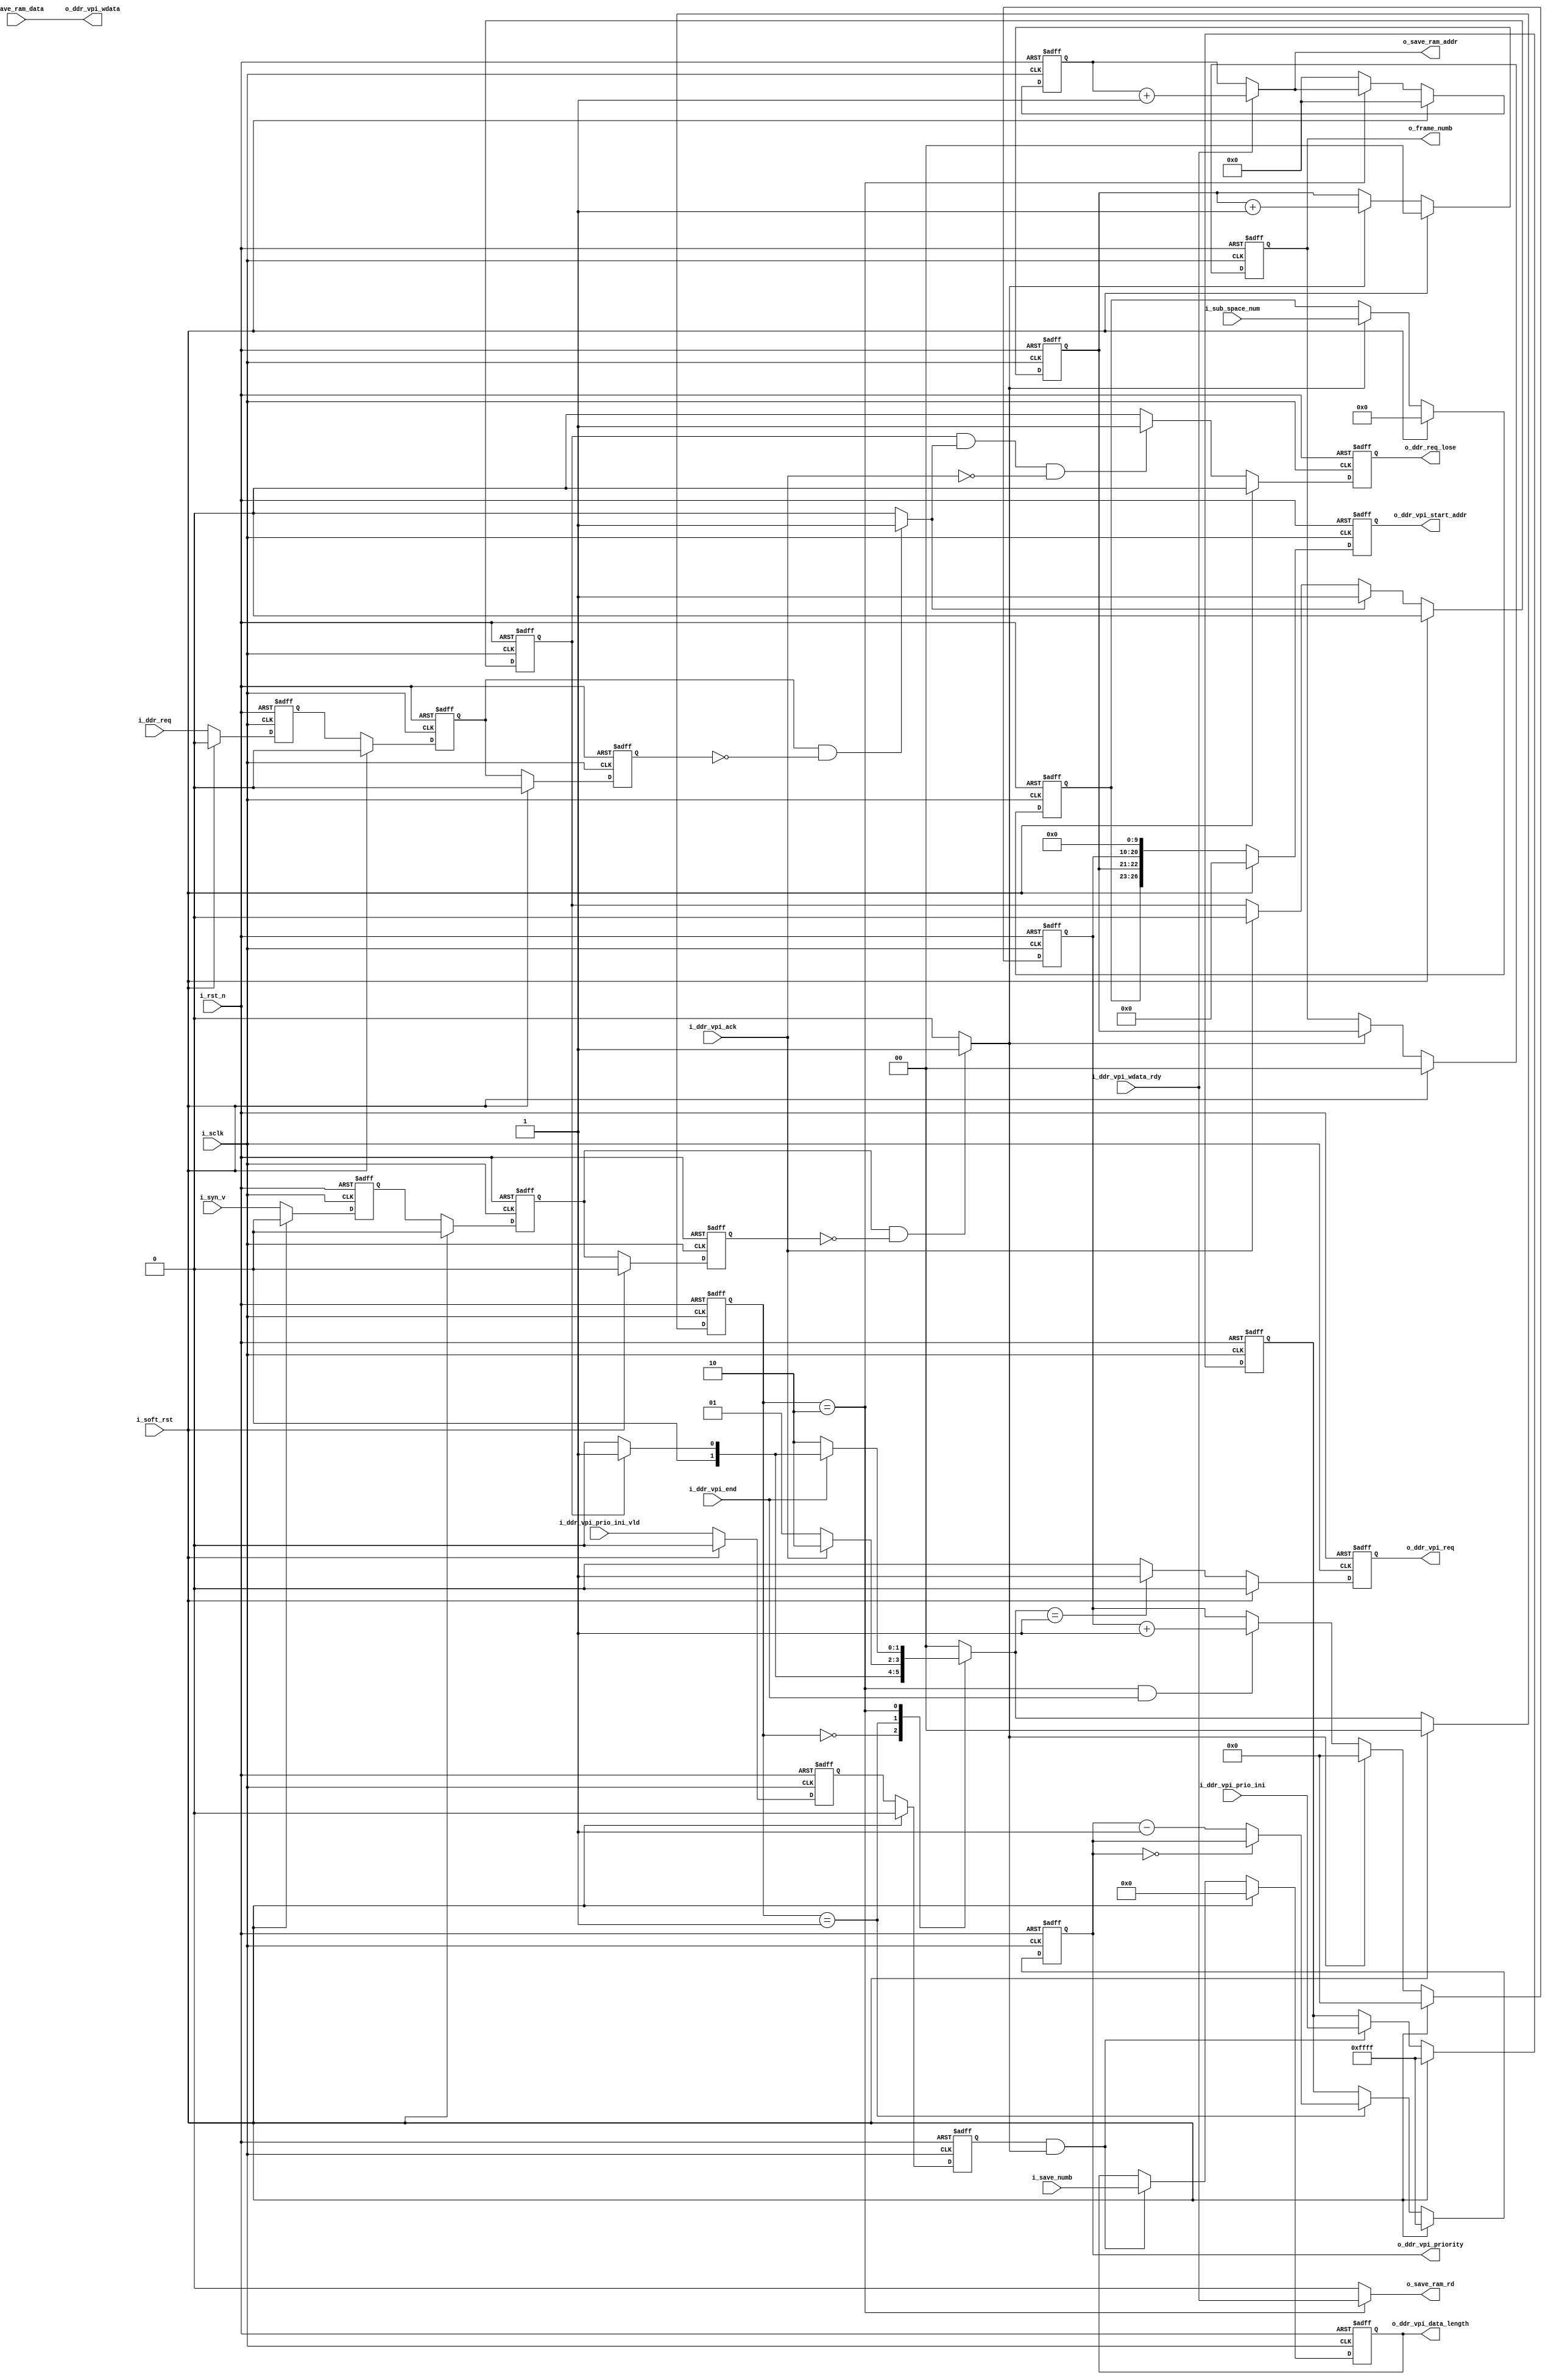
//=========================== KEDACOM Corporation======================
//      Information contained in this Confidential and Proprietary work has
//      been obtained by KEDACOM Corporation. This Design may be used only as
//      authorized by a Licensing Agreement from KEDACOM Corporation.
//===================================================================
//          KEDACOM
//Address:  No131 Jinshan Rd. New District,  Suzhou City,  Jiangsu Province, China
//Zip code: 215011
//Tel:      0512-68418188
//Fax:      0512-68412699 
//==============================================================
//      Description
//===============================================================
//      Version            date               author       
//      
//
//      Revision History
//         
//          
//==================================================================
// synopsys translate_off
`timescale 1ns/1ps
// synopsys translate_on

module  ddr_write_control ( 
    input   wire            i_rst_n                 ,
    input   wire            i_sclk                  ,
    input   wire            i_soft_rst              ,
            
    input   wire    [3:0]   i_sub_space_num         ,  // actually is the sub-space number;
    input   wire    [11:0]  i_save_numb             ,  // the max number is 1024
    input   wire            i_ddr_vpi_prio_ini_vld  ,
    input   wire    [15:0]  i_ddr_vpi_prio_ini      ,
            
    input   wire            i_syn_v                 ,  // must have a width of several sclk
    input   wire            i_ddr_req               ,  // 3 pixel clock width;
    ////////////////double-ports ram interface/////////
    output  wire    [7:0]   o_save_ram_addr         ,
    output  wire            o_save_ram_rd           ,
    input   wire    [127:0] i_save_ram_data         ,
    ////////////////ddr arbit interface/////////////
    output  reg             o_ddr_vpi_req           ,
    input   wire            i_ddr_vpi_ack           ,
    output  reg     [26:0]  o_ddr_vpi_start_addr    , //[26:23]: channel, [22:21]: fram, [20:10]row, [9:0]col,
    output  wire    [11:0]  o_ddr_vpi_data_length   ,
    output  wire    [15:0]  o_ddr_vpi_priority      ,
    input   wire            i_ddr_vpi_wdata_rdy     ,
    output  wire    [127:0] o_ddr_vpi_wdata         , 
    input   wire            i_ddr_vpi_end           , // need one clock lagged?--gzd
    /////////////////////////////////////////////////
    output  reg     [1:0]   o_frame_numb            ,
    output  reg             o_ddr_req_lose            // ddr request lose signal;--gzd
);

//***********************************************************************************************************************
//***************************************************************************************************************************************
localparam  IDLE        = 2'd0;
localparam  WAITE_ACK   = 2'd1;
localparam  SEND_DATA   = 2'd2;
///////////////////////////////////////////////
reg[1:0]    state,  next_state;
reg[7:0]    col_cnt;
reg[10:0]   row_cnt;
reg[1:0]    frame_cnt;

reg         ddr_req;
wire        last_data;


reg[15:0]   ddr_priority;
reg[15:0]   ddr_priority_ts;
reg         ddr_vpi_priority_vld_d1;
reg         ddr_vpi_priority_vld_d2;
assign      o_ddr_vpi_priority = ddr_priority;
//*****************************************************************************************   
reg         syn_v_d1,   syn_v_d2,   syn_v_d3;
reg         ddr_req_d1, ddr_req_d2, ddr_req_d3;
always@(negedge i_rst_n or posedge i_sclk)
begin
    if (i_rst_n==1'b0)
    begin
        syn_v_d1<=1'b0;
        syn_v_d2<=1'b0;
        syn_v_d3<=1'b0;
        
        ddr_req_d1<=1'b0;
        ddr_req_d2<=1'b0;
        ddr_req_d3<=1'b0;
    end 
    else
    begin
        if (i_soft_rst==1'b1)
        begin
            syn_v_d1<=1'b0;
            syn_v_d2<=1'b0;
            syn_v_d3<=1'b0;
            
            ddr_req_d1<=1'b0;
            ddr_req_d2<=1'b0;
            ddr_req_d3<=1'b0;
        end
        else
        begin
            syn_v_d1<=i_syn_v;
            syn_v_d2<=syn_v_d1;
            syn_v_d3<=syn_v_d2;
            
            ddr_req_d1<=i_ddr_req;
            ddr_req_d2<=ddr_req_d1;
            ddr_req_d3<=ddr_req_d2; 
        end 
    end
end
wire    pos_vs      = (syn_v_d2   == 1'b1 && syn_v_d3   == 1'b0) ? 1'b1 : 1'b0;
wire    pos_ddr_req = (ddr_req_d2 == 1'b1 && ddr_req_d3 == 1'b0) ? 1'b1 : 1'b0;
/////////////////////////////////////////////////////////////
always@(negedge i_rst_n or posedge i_sclk)
begin
    if (i_rst_n==1'b0)
    begin
        ddr_req<=1'b0;
    end 
    else
    begin
        if (i_soft_rst==1'b1)
        begin
            ddr_req<=1'b0;
        end
        else
        begin
            if (pos_ddr_req==1'b1)
            begin
                ddr_req<=1'b1;
            end 
            else if (i_ddr_vpi_ack==1'b1)
            begin
                ddr_req<=1'b0;
            end
        end
    end
end
//**************************************************************************************
always@(negedge i_rst_n or posedge i_sclk)
begin
    if (i_rst_n==1'b0)
    begin
        o_ddr_req_lose<=1'b0;
    end
    else
    begin
        if (i_soft_rst==1'b1)
        begin
            o_ddr_req_lose<=1'b0;
        end
        else
        begin
            if (ddr_req==1'b1 && pos_ddr_req==1'b1 && i_ddr_vpi_ack==1'b0)
            begin
                o_ddr_req_lose<=1'b1;
            end
            else
            begin
                o_ddr_req_lose<=1'b0; 
            end
        end
    end
end
//**********************************************************************************************
always@(negedge i_rst_n or posedge i_sclk)
begin
    if (i_rst_n==1'b0)
    begin
        state[1:0]<=IDLE;
    end 
    else
    begin
        if (i_soft_rst==1'b1)
        begin
            state[1:0]<=IDLE; 
        end 
        else
        begin
            state[1:0]<=next_state[1:0]; 
        end
    end
end
//////////////////////////////////////////////////////
always@*
begin
    case(state[1:0])
        IDLE:       begin
                        if (ddr_req==1'b1)
                        begin
                            next_state[1:0] = WAITE_ACK;
                        end
                        else
                        begin
                            next_state[1:0] = IDLE;
                        end
                    end
        WAITE_ACK:  begin
                        if (i_ddr_vpi_ack==1'b1)
                        begin
                            next_state[1:0] = SEND_DATA;
                        end
                        else
                        begin
                            next_state[1:0] = WAITE_ACK;
                        end
                    end
        SEND_DATA:  begin
//                        if (last_data==1'b1)
                        if (i_ddr_vpi_end==1'b1)
                        begin
                            if (ddr_req==1'b1)
                            begin
                                next_state[1:0] = WAITE_ACK;
                            end
                            else
                            begin
                                next_state[1:0] = IDLE;
                            end
                        end
                        else
                        begin
                            next_state[1:0] = SEND_DATA;
                        end
                    end      
        default:    begin
                        next_state[1:0] = IDLE;
                    end
    endcase 
end


always @ (posedge i_sclk or negedge i_rst_n)
begin
    if (i_rst_n == 1'b0) begin
        ddr_vpi_priority_vld_d1 <=  1'b0;
        ddr_vpi_priority_vld_d2 <=  1'b0;
    end
    else begin
        if (i_soft_rst == 1'b1) begin
            ddr_vpi_priority_vld_d1 <=  1'b0;
            ddr_vpi_priority_vld_d2 <=  1'b0;
        end
        else begin
            ddr_vpi_priority_vld_d1 <=  i_ddr_vpi_prio_ini_vld;
            ddr_vpi_priority_vld_d2 <=  ddr_vpi_priority_vld_d1;
        end
    end
end

always@(posedge i_sclk or negedge i_rst_n)
begin
    if (i_rst_n == 1'b0) begin
        ddr_priority_ts[15:0]    <=  16'hFFFF  ;
    end
    else begin
        if (i_soft_rst == 1'b1) begin
            ddr_priority_ts[15:0]    <=  16'hFFFF  ;
        end
        else begin
            if (ddr_vpi_priority_vld_d2 == 1'b1 && pos_vs == 1'b1) begin
                ddr_priority_ts[15:0]  <= i_ddr_vpi_prio_ini[15:0]  ;
            end
        end
    end
end

always@(posedge i_sclk or negedge i_rst_n)
begin
    if (i_rst_n == 1'b0) begin
        ddr_priority[15:0]    <=  16'hFFFF  ;
    end
    else begin
        if (i_soft_rst == 1'b1) begin
            ddr_priority[15:0]    <=  16'hFFFF  ;
        end
        else begin
            if (state[1:0] == WAITE_ACK) begin
                if (ddr_priority[15:0] == 16'd0) begin
                    ddr_priority[15:0] <= ddr_priority[15:0];
                end
                else begin
                    ddr_priority[15:0] <=  ddr_priority[15:0] - 1'b1  ;
                end
            end
            else begin
                ddr_priority[15:0]    <=  ddr_priority_ts[15:0]  ;
            end
        end
    end
end

//*********************-----------------**********************-------------***********
reg     [11:0]  ddr_save_numb;
always@(posedge i_sclk or negedge i_rst_n)
begin
    if (i_rst_n == 1'b0) begin
        ddr_save_numb[11:0]    <=  12'h000  ;
    end
    else begin
        if (i_soft_rst == 1'b1) begin
            ddr_save_numb[11:0]    <=  12'h000  ;
        end
        else begin
            if (ddr_vpi_priority_vld_d2 == 1'b1 && pos_vs == 1'b1) begin
                ddr_save_numb[11:0]  <= i_save_numb[11:0]  ;
            end
        end
    end
end

//*************************************************************************************************
wire[7:0] tmp_col_cnt = col_cnt[7:0] + 1'b1;
always@(negedge i_rst_n or posedge i_sclk)
begin
    if (i_rst_n==1'b0)
    begin
        col_cnt[7:0]<=8'd0; 
    end    
    else
    begin
        if (i_soft_rst==1'b1)
        begin
            col_cnt[7:0]<=8'd0; 
        end 
        else
        begin
            if (state[1:0]==SEND_DATA)
            begin
                if (i_ddr_vpi_wdata_rdy==1'b1)
                begin
                    col_cnt[7:0]<=tmp_col_cnt[7:0];
                end 
            end
            else
            begin
                col_cnt[7:0]<=8'd0;
            end
        end
    end
end

////////////////////////////////////////////////////////////////////
//assign last_data = (col_cnt[7:0]==i_save_numb[11:3])? 1'b1 : 1'b0;          // 128/16=8
///////////////////////////////////////////////////////////////////////////////////////////
always@(negedge i_rst_n or posedge i_sclk)
begin
    if (i_rst_n==1'b0)
    begin
        row_cnt[10:0]<=11'd0;
    end 
    else
    begin
        if (i_soft_rst==1'b1)
        begin
            row_cnt[10:0]<=11'd0;
        end  
        else
        begin
//            if (syn_v_d2==1'b1)
            if (pos_vs==1'b1)
            begin
                row_cnt[10:0]<=11'd0;
            end 
            else
            begin
//                if (state[1:0]==SEND_DATA && last_data==1'b1)
                if (state[1:0]==SEND_DATA && i_ddr_vpi_end==1'b1)
                begin
                    row_cnt[10:0]<= row_cnt[10:0] + 1'b1; 
                end 
            end
        end
    end
end
///////////////////////////////////////////////////////////////////////////////
always@(negedge i_rst_n or posedge i_sclk)
begin
    if (i_rst_n==1'b0)
    begin
        frame_cnt[1:0]<=2'd0; 
        o_frame_numb[1:0]<=2'd0;
    end 
    else
    begin
        if (i_soft_rst==1'b1)
        begin
            frame_cnt[1:0]<=2'd0; 
            o_frame_numb[1:0]<=2'd0;
        end
        else
        begin
            if (pos_vs==1'b1)
            begin
                frame_cnt[1:0]<=frame_cnt[1:0] + 1'b1; 
                o_frame_numb[1:0]<=frame_cnt[1:0];
            end 
        end
    end
end
//********************************************************************************************
//assign o_save_ram_addr[8:0] = {col_cnt[7:5],row_cnt[0],col_cnt[4:0]};
// assign o_save_ram_addr[8:0] = (i_ddr_vpi_wdata_rdy==1'b0) ? {col_cnt[7:5],row_cnt[0],col_cnt[4:0]} : {tmp_col_cnt[7:5],row_cnt[0],tmp_col_cnt[4:0]};         //tbai@20140219
assign o_save_ram_addr[7:0] = (i_ddr_vpi_wdata_rdy==1'b0) ? col_cnt[7:0] : tmp_col_cnt[7:0];         //gzd@20161122
assign o_save_ram_rd        = (state[1:0]==SEND_DATA)? i_ddr_vpi_wdata_rdy : 1'b0;
//***********************************************************************************************
always@(negedge i_rst_n or posedge i_sclk)
begin
    if (i_rst_n==1'b0)
    begin
        o_ddr_vpi_req<=1'b0;
    end 
    else
    begin
        if (i_soft_rst==1'b1)
        begin
            o_ddr_vpi_req<=1'b0; 
        end 
        else
        begin
            if (next_state[1:0]==WAITE_ACK)
            begin
                o_ddr_vpi_req<=1'b1;
            end
            else
            begin
                o_ddr_vpi_req<=1'b0;
            end
        end
    end
end
///////////////////////////////////////////////////////////////////////
reg     [3:0]   sub_space_num;
always @ (posedge i_sclk or negedge i_rst_n)
begin
    if (i_rst_n == 1'b0) begin
        sub_space_num  <=  3'd0;
    end
    else begin
        if (i_soft_rst == 1'b1) begin
            sub_space_num  <=  3'd0;
        end
        else begin
            if (pos_vs == 1'b1) begin
                sub_space_num  <=  i_sub_space_num;
            end
        end
    end
end

always@(negedge i_rst_n or posedge i_sclk)
begin
    if (i_rst_n==1'b0)
    begin
        o_ddr_vpi_start_addr[26:0]<=27'd0;
    end 
    else
    begin
        if (i_soft_rst==1'b1)
        begin
            o_ddr_vpi_start_addr[26:0]<=27'd0;
        end
        else
        begin
            // o_ddr_vpi_start_addr[26:0]<={i_sub_space_num[3:0],frame_cnt[1:0],row_cnt[10:0],10'd0};
            o_ddr_vpi_start_addr[26:0]<={sub_space_num[3:0],frame_cnt[1:0],row_cnt[10:0],10'd0};
        end 
    end
end
///////////////////////////////////////////////////////////////////////////////
// assign o_ddr_vpi_data_length[11:0] = i_save_numb[11:0];  
assign o_ddr_vpi_data_length[11:0] = ddr_save_numb[11:0];  


assign o_ddr_vpi_wdata[127:0] = i_save_ram_data[127:0];   
//always@(posedge i_sclk)
//begin
//    o_ddr_vpi_wdata[127:0] <= i_save_ram_data[127:0];
//end
 //modify 2014-02-19
//***********************************************************************************************************
//always@(negedge i_rst_n or posedge i_sclk)
//begin
//    if (i_rst_n==1'b0)
//    begin
//        o_ddr_vpi_end<=1'b0;
//    end
//    else
//    begin
//        if (i_soft_rst==1'b1)
//        begin
//            o_ddr_vpi_end<=1'b0; 
//        end 
//        else
//        begin
//            o_ddr_vpi_end<=last_data;
//        end
//    end
//end
//**********************************************************************************************************
endmodule